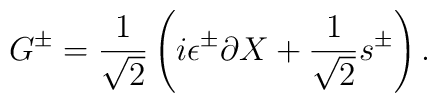
G^\pm = {1\over\sqrt2} \left( i \epsilon^\pm \partial X	+ {1\over\sqrt2} s^\pm \right) .